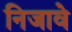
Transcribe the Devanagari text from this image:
निजावे